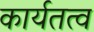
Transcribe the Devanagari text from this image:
कार्यतत्व